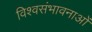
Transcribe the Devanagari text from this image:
विश्वसंभावनाओं